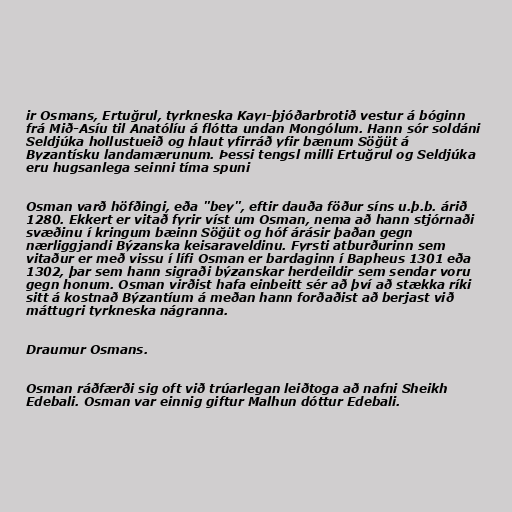
ir Osmans, Ertuğrul, tyrkneska Kayı-þjóðarbrotið vestur á bóginn
frá Mið-Asíu til Anatólíu á flótta undan Mongólum. Hann sór soldáni
Seldjúka hollustueið og hlaut yfirráð yfir bænum Söğüt á
Byzantísku landamærunum. Þessi tengsl milli Ertuğrul og Seldjúka
eru hugsanlega seinni tíma spuni

Osman varð höfðingi, eða "bey", eftir dauða föður síns u.þ.b. árið
1280. Ekkert er vitað fyrir víst um Osman, nema að hann stjórnaði
svæðinu í kringum bæinn Söğüt og hóf árásir þaðan gegn
nærliggjandi Býzanska keisaraveldinu. Fyrsti atburðurinn sem
vitaður er með vissu í lífi Osman er bardaginn í Bapheus 1301 eða
1302, þar sem hann sigraði býzanskar herdeildir sem sendar voru
gegn honum. Osman virðist hafa einbeitt sér að því að stækka ríki
sitt á kostnað Býzantíum á meðan hann forðaðist að berjast við
máttugri tyrkneska nágranna.

Draumur Osmans.

Osman ráðfærði sig oft við trúarlegan leiðtoga að nafni Sheikh
Edebali. Osman var einnig giftur Malhun dóttur Edebali.